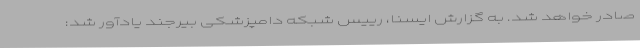
صادر خواهد شد. به گزارش ایسنا، رییس شبکه دامپزشکی بیرجند یادآور شد: